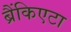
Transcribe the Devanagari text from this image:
ब्रैंकिएटा